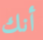
أنك